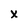
Character: X